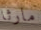
مارثا